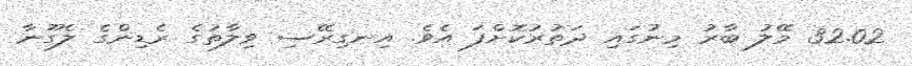
32.02 މޭލު ބާރު މިނުގައި ދަތުރުކޮށްފަ އެވެ. އިނގިރޭސި ވިލާތުގެ ރެޑިންގެ ލެގޫނާ